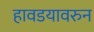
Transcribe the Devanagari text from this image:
हावडयावरुन